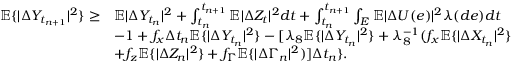
\begin{array} { r l } { \mathbb { E } \{ | \Delta Y _ { t _ { n + 1 } } | ^ { 2 } \} \geq } & { \mathbb { E } | \Delta Y _ { t _ { n } } | ^ { 2 } + \int _ { t _ { n } } ^ { t _ { n + 1 } } \mathbb { E } | \Delta Z _ { t } | ^ { 2 } d t + \int _ { t _ { n } } ^ { t _ { n + 1 } } \int _ { E } \mathbb { E } | \Delta U ( e ) | ^ { 2 } \lambda ( d e ) d t } \\ & { - { 1 + f _ { x } } \Delta t _ { n } \mathbb { E } \{ | \Delta Y _ { t _ { n } } | ^ { 2 } \} - [ \lambda _ { 8 } \mathbb { E } \{ | \Delta Y _ { t _ { n } } | ^ { 2 } \} + \lambda _ { 8 } ^ { - 1 } ( f _ { x } \mathbb { E } \{ | \Delta X _ { t _ { n } } | ^ { 2 } \} } \\ & { + f _ { z } \mathbb { E } \{ | \Delta Z _ { n } | ^ { 2 } \} + f _ { \Gamma } \mathbb { E } \{ | \Delta \Gamma _ { n } | ^ { 2 } ) ] \Delta t _ { n } \} . } \end{array}